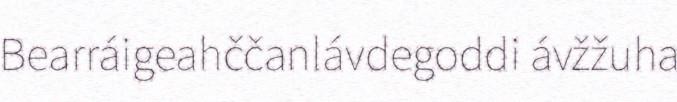
Bearráigeahččanlávdegoddi ávžžuha